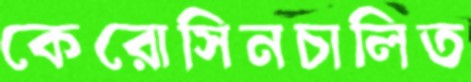
কেরোসিনচালিত